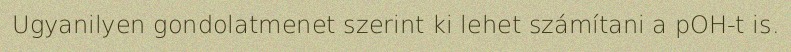
Ugyanilyen gondolatmenet szerint ki lehet számítani a pOH-t is.